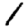
Digit: 1